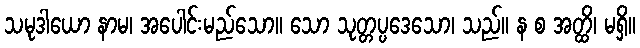
သမုဒါယော နာမ၊ အပေါင်းမည်သော။ သော သုတ္တပ္ပဒေသော၊ သည်။ န စ အတ္ထိ၊ မရှိ။